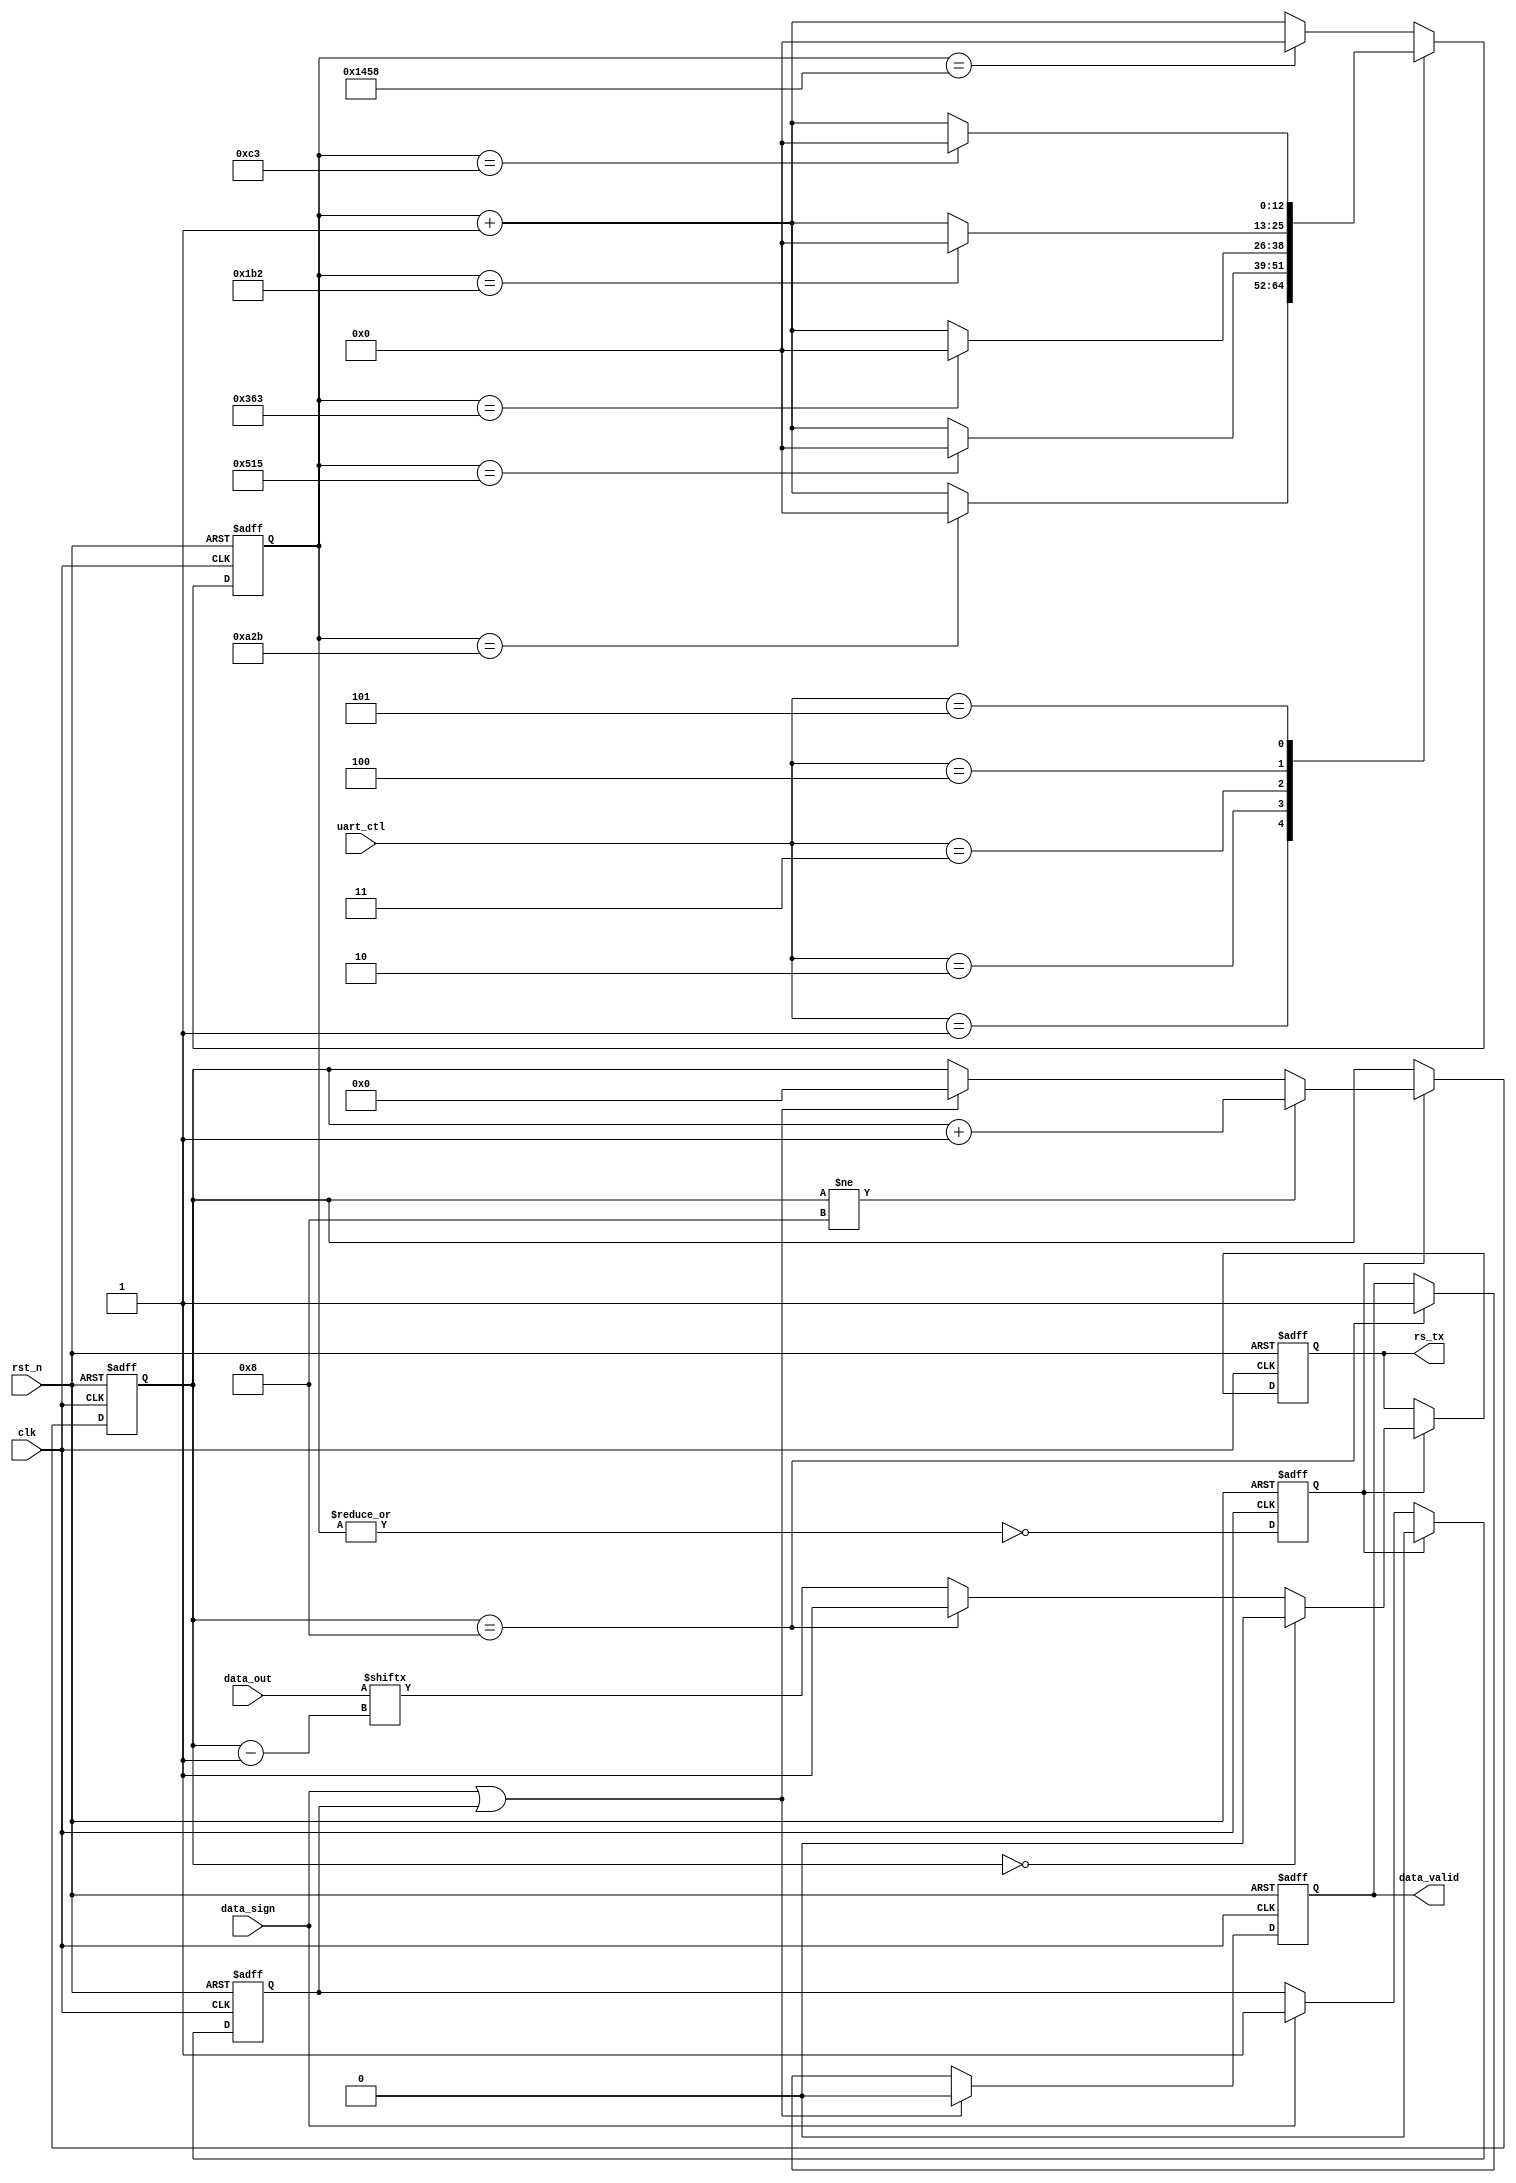
module my_uart_tx7to7(
	clk,
	rst_n,
	uart_ctl,
	data_out,
	data_sign,
	data_valid,
	
	rs_tx
	
    );
	
	
	input	clk;
	input	rst_n;
	input	[2:0]	uart_ctl;
	input	[6:0]	data_out;
	input	data_sign;
	output	data_valid;
	
	output	rs_tx;
	
	
	parameter 	bps9600 	= 13'd5208,	//baud is 9600bps
			 	bps19200 	= 13'd2603,	//baud is 19200bps
				bps38400 	= 13'd1301,	//baud is 38400bps
				bps57600 	= 13'd867,	//baud is 57600bps
				bps115200	= 13'd434,	//baud is 115200bps
				bps256000	= 13'd195;	//baud is 115200bps
	
	reg		[12:0]		cnt;
	reg					bps_sel;
	reg		[3:0]		tran_cnt;
	
	reg					rs_tx;
	
	reg					sign_delay;
	
	reg					data_valid;
	
	always@(posedge clk or negedge rst_n)begin
		if(!rst_n)begin
			bps_sel <= 1'b0;
			cnt <= 'h0;	
		end
		else begin	
			case(uart_ctl)
				3'h0:  cnt <= (cnt == bps9600) ? 'h0 : cnt + 1'b1;
				3'h1:  cnt <= (cnt == bps19200) ? 'h0 : cnt + 1'b1;
				3'h2:  cnt <= (cnt == bps38400) ? 'h0 : cnt + 1'b1;
				3'h3:  cnt <= (cnt == bps57600) ? 'h0 : cnt + 1'b1;
				3'h4:  cnt <= (cnt == bps115200) ? 'h0 : cnt + 1'b1;
				3'h5:  cnt <= (cnt == bps256000) ? 'h0 : cnt + 1'b1;
				default: cnt <= (cnt == bps9600) ? 'h0 : cnt + 1'b1;
			endcase
			bps_sel <= ~|cnt;
		end
	end
	
	
	always@(posedge clk or negedge rst_n)begin
		if(!rst_n)begin
			sign_delay <= 1'b0;
			data_valid <= 1'b0;
		end
		else begin
			if(bps_sel)	sign_delay <= 1'b0;
			else if(data_sign)	sign_delay <= 1'b1;
			if(data_sign | sign_delay)	data_valid <= 1'b0;
			else if(tran_cnt== 8)		data_valid <= 1'b1;
			
		end
	end
	
	always@(posedge clk or negedge rst_n)begin
		if(!rst_n)begin
			tran_cnt <= 'h8;
		end
		else if (bps_sel)begin	
			if(tran_cnt != 8)	tran_cnt <= tran_cnt + 1'b1;
			else if (data_sign|sign_delay)	tran_cnt <= 'h0;
			
		end
	end
	
	
	always@(posedge clk or negedge rst_n)begin
		if(!rst_n)begin
			rs_tx <= 1'b1;
		end
		else if (bps_sel) begin	
			if(tran_cnt == 0)		rs_tx <= 1'b0 ;
			else if(tran_cnt == 8)	rs_tx <= 1'b1;
			else					rs_tx <= data_out[tran_cnt - 1];
				
		end
	end


endmodule